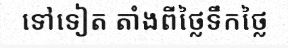
ទៅទៀត តាំងពីថ្លៃទឹកថ្លៃ